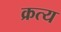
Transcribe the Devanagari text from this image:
क्रत्य